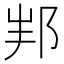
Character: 𨚦